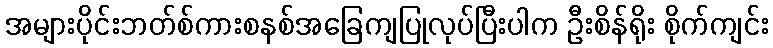
အများပိုင်းဘတ်စ်ကားစနစ်အခြေကျပြုလုပ်ပြီးပါက ဦးစိန်ရိုး စိုက်ကျင်း